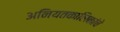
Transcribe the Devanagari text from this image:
अनियतकालिकांचे